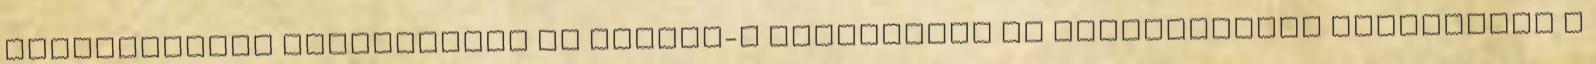
Magyarország Adatvédelem és cookie-k Használati és értékesítési feltételek A